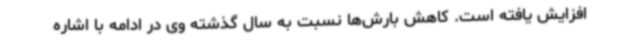
افزایش یافته است. کاهش بارش‌ها نسبت به سال گذشته وی در ادامه با اشاره